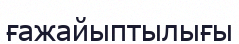
ғажайыптылығы